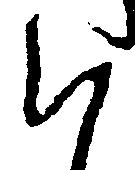
く